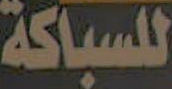
للسباكة